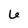
Character: 6